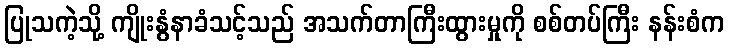
ပြုသကဲ့သို့ ကျိုးနွံနာခံသင့်သည် အသက်တာကြီးထွားမှုကို စစ်တပ်ကြီး နန်းစံက